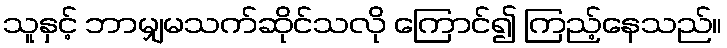
သူနှင့် ဘာမျှမသက်ဆိုင်သလို ကြောင်၍ ကြည့်နေသည်။